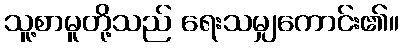
သူ့စာမူတို့သည် ရေးသမျှကောင်း၏။